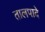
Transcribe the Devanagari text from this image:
तालपादे